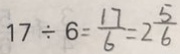
1 7 \div 6 = \frac { 1 7 } { 6 } = 2 \frac { 5 } { 6 }